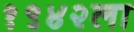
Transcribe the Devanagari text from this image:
१९४२ला